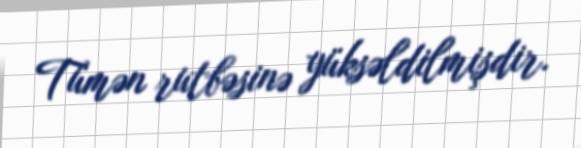
Tümən rutbəsinə yüksəldilmişdir.